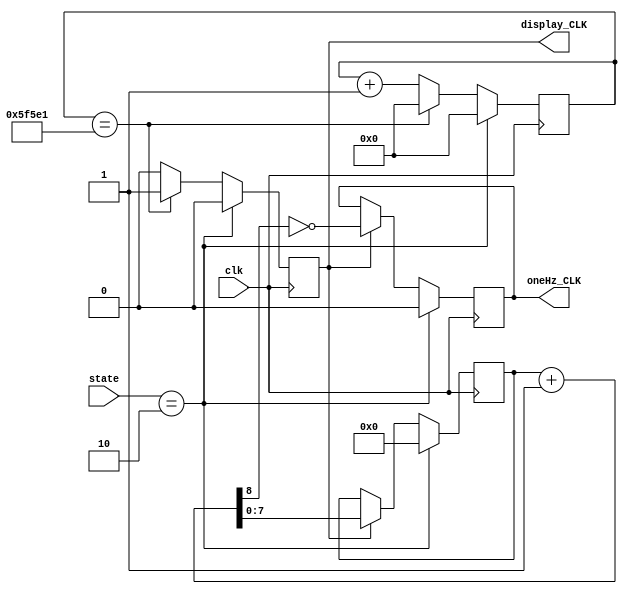
`timescale 1ns / 1ps            //1ns

module clock 
( clk, state,oneHz_CLK,display_CLK);
input clk;
input [1:0] state;
parameter ResetState = 2;


parameter val=390625;   //YOLO
wire [21:0] Cscreen;
output oneHz_CLK;
output display_CLK;

wire [8:0]  CountOneHz;
reg [7:0]   DividOneHz;
reg   OneHz_reg;   
reg   Screen_reg; 
reg [20:0] ScreenDivid;
assign CountOneHz= DividOneHz+ 1;
assign Cscreen = ScreenDivid + 1;


always @ (posedge clk)
    if (state == ResetState)    //If state is equal to reset
		begin
			Screen_reg <= 0;ScreenDivid<= 0;DividOneHz<= 0;OneHz_reg<= 0;				
        end
    else                         //If state is equal to start
		begin
			if(ScreenDivid== val)      //If the Display divider is 390625 changed here
				begin
				  Screen_reg <= 1;ScreenDivid<= 0;           
				end
			else
				begin
					ScreenDivid<= Cscreen[20:0];Screen_reg <= 0; 
				end
			
			if( Screen_reg)               
				begin
					DividOneHz<= CountOneHz[7:0];OneHz_reg<= ~CountOneHz[8];
				end
		end

assign oneHz_CLK = OneHz_reg;
assign display_CLK =  Screen_reg;



endmodule